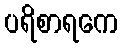
ပရိစာရကေ